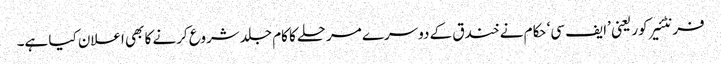
فرنٹئیر کور یعنی ’ایف سی‘ حکام نے خندق کے دوسرے مرحلے کا کام جلد شروع کرنے کا بھی اعلان کیا ہے۔